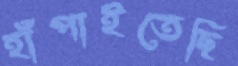
হাঁপাইতেছি